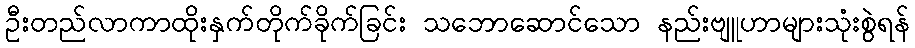
ဦးတည်လာကာထိုးနှက်တိုက်ခိုက်ခြင်း သဘောဆောင်သော နည်းဗျူဟာများသုံးစွဲရန်